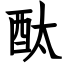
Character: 酞